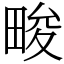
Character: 畯